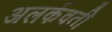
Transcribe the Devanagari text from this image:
अलर्कवती